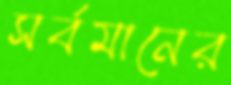
সর্বমানের